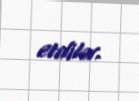
etdilər.